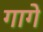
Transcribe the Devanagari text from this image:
गागे